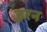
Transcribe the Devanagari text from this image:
इरन